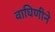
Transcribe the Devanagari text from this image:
वाघिणीने